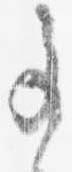
事